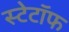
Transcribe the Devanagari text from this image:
स्टेटॉफ